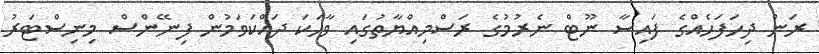
ރަން ދިހަފަހެއްގެ ފައިސާ ނޫޓް ނެރުމުގެ ރަސްމިއްޔާތުގައި ވާހަކަ ދައްކަވަމުން ފިނޭންސް މިނިސްޓަރު